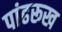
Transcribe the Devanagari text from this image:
पांढरूख